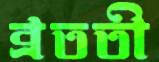
ব্রততী